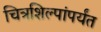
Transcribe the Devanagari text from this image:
चित्रशिल्पांपर्यंत